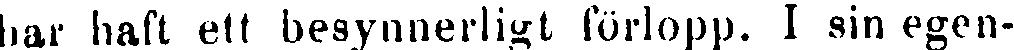
har haft ett besynnerligt förlopp. I sin egen-